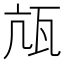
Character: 㼚